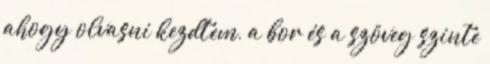
ahogy olvasni kezdtem, a bor és a szöveg szinte